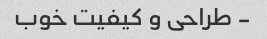
- طراحی و کیفیت خوب